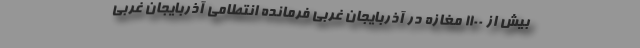
بیش از ۱۱۰۰ مغازه در آذربایجان غربی فرمانده انتطامی آذربایجان غربی